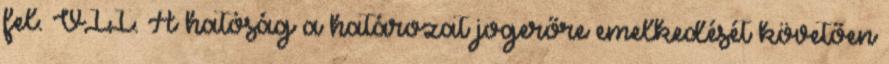
fel. VII. A hatóság a határozat jogerőre emelkedését követően